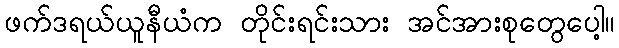
ဖက်ဒရယ်ယူနီယံက တိုင်းရင်းသား အင်အားစုတွေပေါ့။